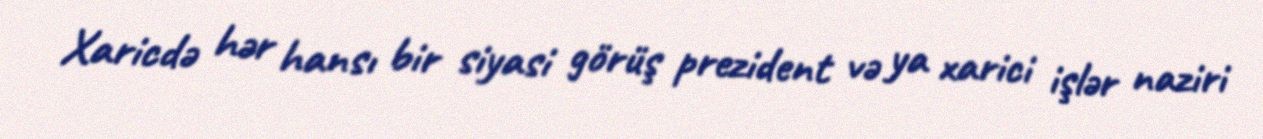
Xaricdə hər hansı bir siyasi görüş prezident və ya xarici işlər naziri